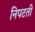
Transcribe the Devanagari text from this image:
निपटतीं